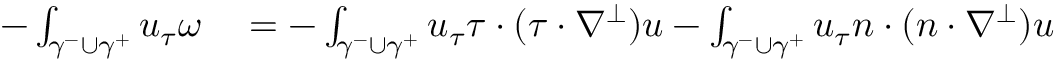
\begin{array} { r l } { - \int _ { \gamma ^ { - } \cup \gamma ^ { + } } u _ { \tau } \omega } & { { } = - \int _ { \gamma ^ { - } \cup \gamma ^ { + } } u _ { \tau } \tau \cdot ( \tau \cdot \nabla ^ { \perp } ) u - \int _ { \gamma ^ { - } \cup \gamma ^ { + } } u _ { \tau } n \cdot ( n \cdot \nabla ^ { \perp } ) u } \end{array}